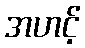
အဟင့်